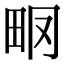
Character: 𤱆